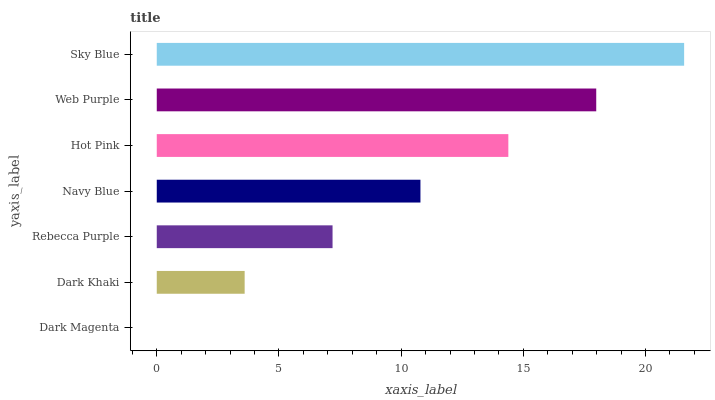
| yaxis_label | bars |
 | --- | --- |
 | Dark Magenta | 0 |
 | Dark Khaki | 3.6 |
 | Rebecca Purple | 7.19 |
 | Navy Blue | 10.8 |
 | Hot Pink | 14.4 |
 | Web Purple | 18 |
 | Sky Blue | 21.6 |